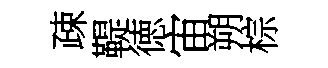
疎鞮徳宙朔棕